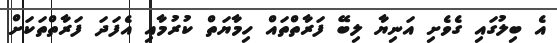
އެ ބިލުގައި ގެވެށި އަނިޔާ ލިބޭ ފަރާތްތައް ހިމާޔަތް ކުރުމާއި އެފަދަ ފަރާތްތަކަށް